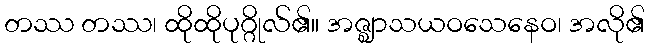
တဿ တဿ၊ ထိုထိုပုဂ္ဂိုလ်၏။ အဇ္ဈာသယဝသေနေဝ၊ အလို၏